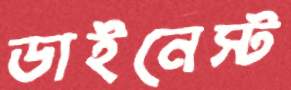
ডাইনেস্ট